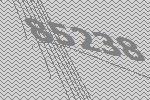
85238